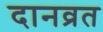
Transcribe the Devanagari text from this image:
दानव्रत